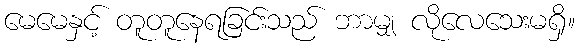
မေမေနှင့် တူတူနေရခြင်းသည် ဘာမျှ လိုလေသေးမရှိ။